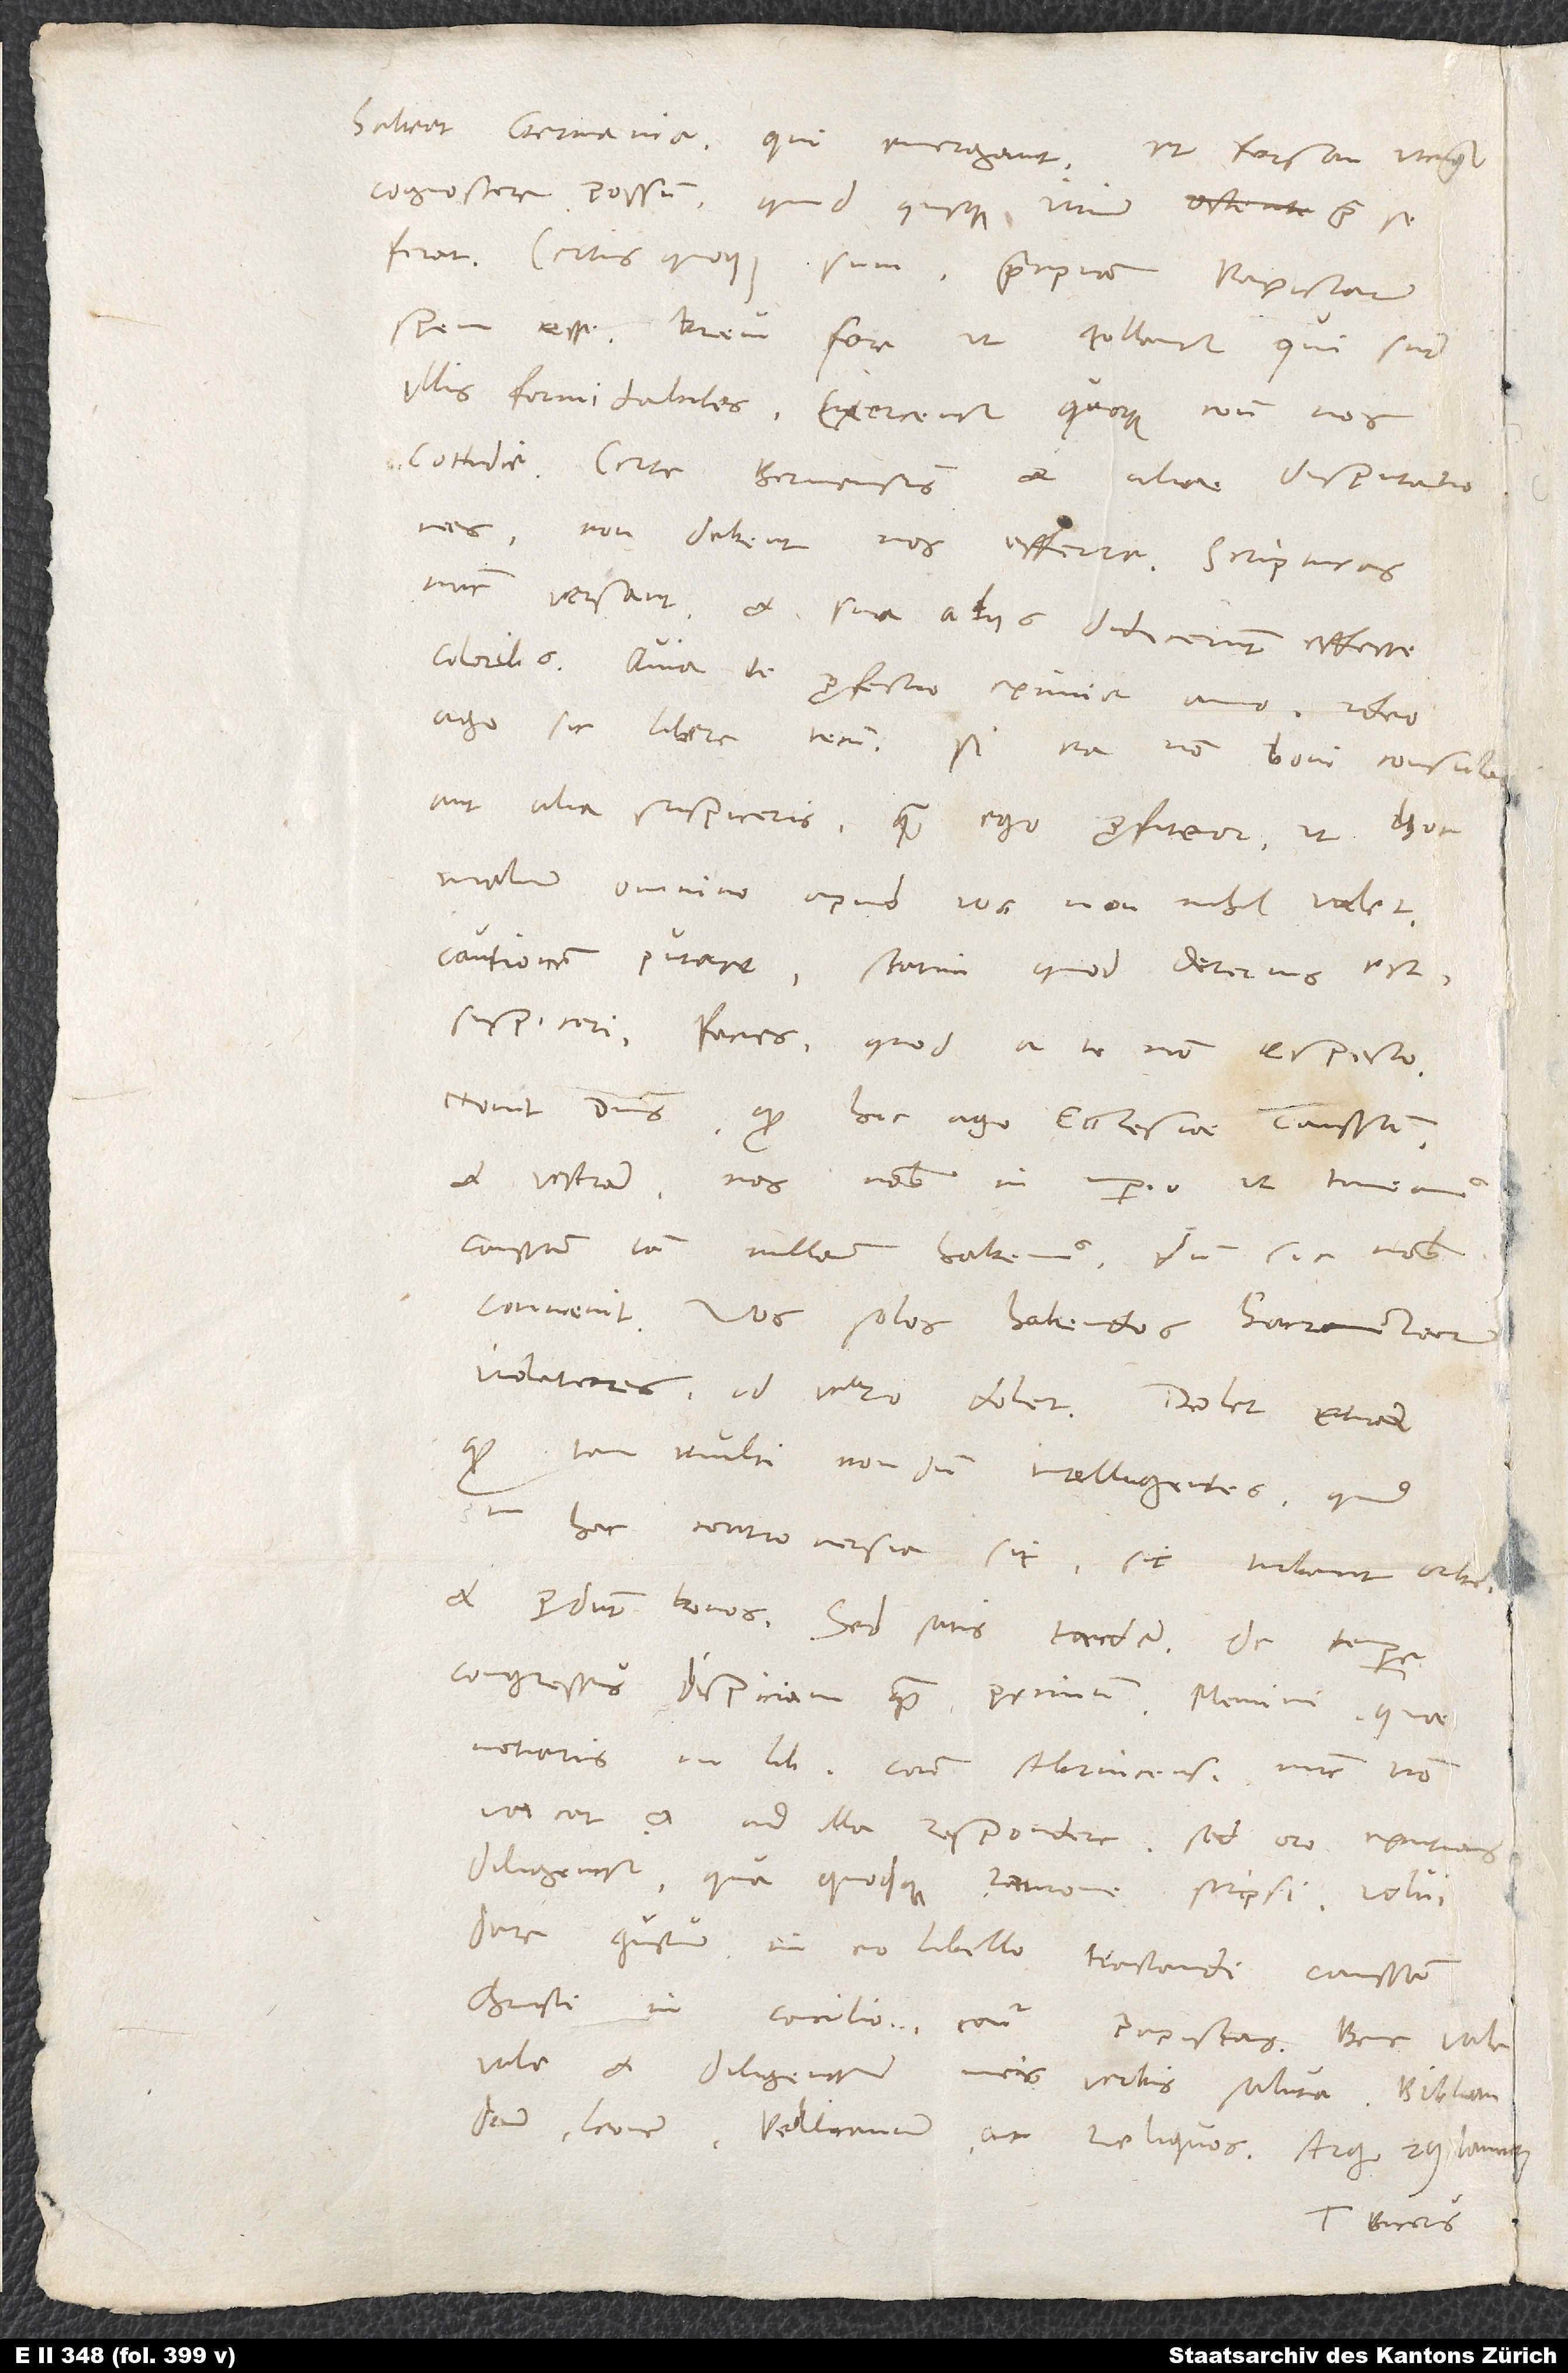
habeat Germania, qui emergant, ut forsan utcumque
cognoscere possum, quid quisque virium prae se
ferat. Certus quoque sum praecipuam papistarum
spem esse brevi fore, ut tollantur, qui sunt
illis formidabiles. Exercentur quoque contra nos
cottidie. Certe Bernensis et aliae disputationes
non debent nos efferre. Scripturas
nunc versant et sua aliis didicerunt efferre
ago sic libere tecum. Si ea non boni consulas
aut alia suspiceris, quam ego profiteor - ut hoc
malum omnino apud vos nonnihil valet,
cautionem putare statim quod deterius est
suspicari -, facies, quod a te non expecto.
Novit dominus, quod hic ago ecclesiae caussam
et vestram. Nos nobis in imperio ut timeamus,
caussam iam nullam habemus, dum sic nobis
convenit. Vos solos habendos sacramentorum
violatores, id vero dolet. Dolet etiam,
quod tam multi nondum intelligentes, quid
in hac controversia sit, sic turbant orbem
et perdunt bonos. Sed satis tandem. De tempore
notaris in libro Contra Abrincensem. Nunc non
vacat et ad illa respondere, sed oro, excutias
diligenter, qua quodque ratione scripsi. Volui
dare gustum in eo libello tractandi caussam
Christi in concilio contra papistas.
vale et diligenter meis verbis saluta Bibliandrum,
Tuus Bucerus.